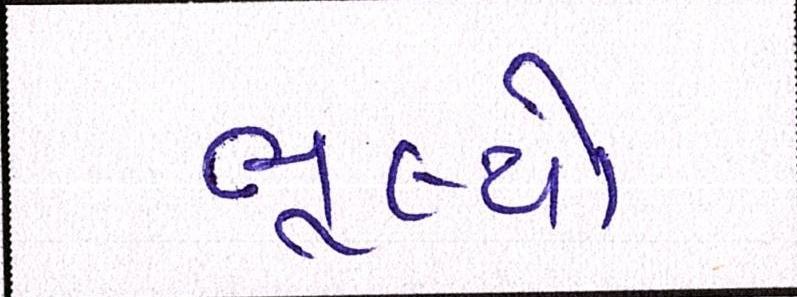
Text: ભૂલ્યો